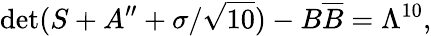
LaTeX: \operatorname*{det}(S+A^{\prime\prime}+\sigma/\sqrt{10})-B\overline{{{B}}}=\Lambda^{10},